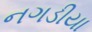
નગડીયા